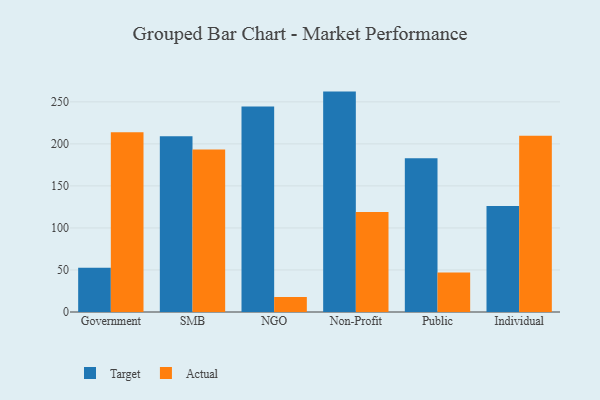
{"axis": {"x": "Segment", "y": "Conversion Rate (%)"}, "legend": ["Actual", "Target"], "data": [{"x": "Government", "y": 52.5, "type": "Target"}, {"x": "Government", "y": 213.8, "type": "Actual"}, {"x": "SMB", "y": 209.1, "type": "Target"}, {"x": "SMB", "y": 193.3, "type": "Actual"}, {"x": "NGO", "y": 244.6, "type": "Target"}, {"x": "NGO", "y": 17.9, "type": "Actual"}, {"x": "Non-Profit", "y": 262.2, "type": "Target"}, {"x": "Non-Profit", "y": 119.0, "type": "Actual"}, {"x": "Public", "y": 183.0, "type": "Target"}, {"x": "Public", "y": 47.0, "type": "Actual"}, {"x": "Individual", "y": 126.0, "type": "Target"}, {"x": "Individual", "y": 209.8, "type": "Actual"}]}